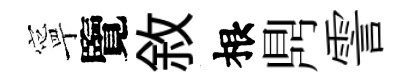
寧覽敘根𪔂霅